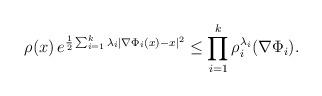
LaTeX: \begin{align*}\rho(x) \, e^{\frac{1}{2} \sum_{i=1}^k \lambda_i |\nabla \Phi_i(x) -x|^2} \le \prod_{i=1}^k \rho^{\lambda_i}_i(\nabla \Phi_i).\end{align*}